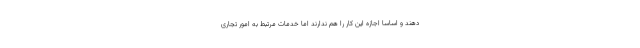
دهند و اساسا اجازه این کار را هم ندارند اما خدمات مرتبط به امور تجاری